Lunatic asylums Madras 1877-1891 - 1877-1891
Year: 1877
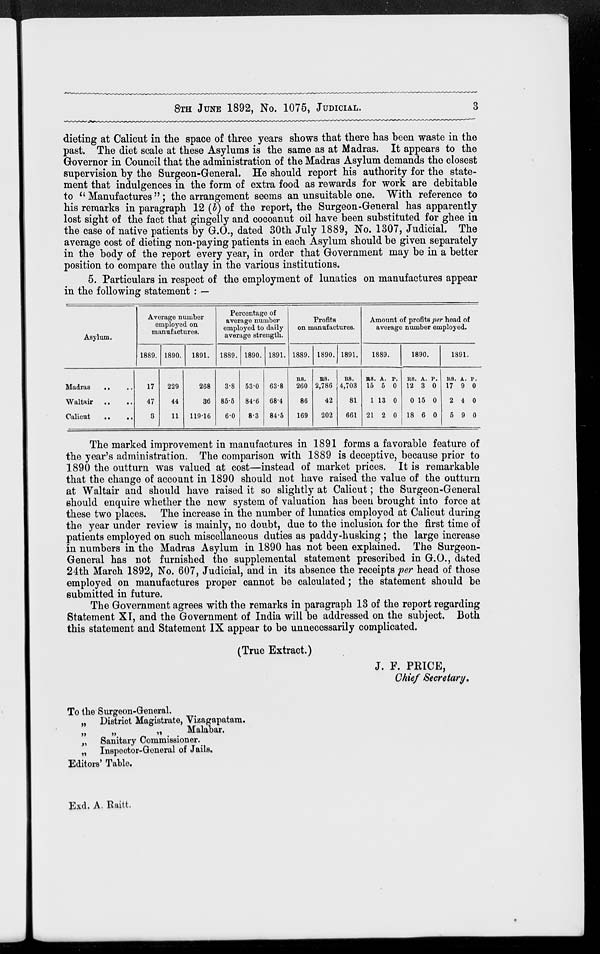
8TH JUNE 1892, No. 1075, JUDICIAL.
3
dieting at Calicut in the space of three years shows that there has been waste in the
past. The diet scale at these Asylums is the same as at Madras. It appears to the
Governor in Council that the administration of the Madras Asylum demands the closest
supervision by the Surgeon-General. He should report his authority for the state-
ment that indulgences in the form of extra food as rewards for work are debitable
to '' Manufactures "; the arrangement seems an unsuitable one. With reference to
his remarks in paragraph 12 (b) of the report, the Surgeon-General has apparently
lost sight of the fact that gingelly and cocoanut oil have been substituted for ghee in
the case of native patients by G.O., dated 30th July 1889, No. 1307, Judicial. The
average cost of dieting non-paying patients in each Asylum should be given separately
in the body of the report every year, in order that Government may be in a better
position to compare the outlay in the various institutions.
5. Particulars in respect of the employment of lunatics on manufactures appear
in the following statement : —
Asylum.
Madras .. ..
Waltair
..
..
Calicut
..
..
Average number
employed on
manufactures.
1889.
17
47
8
1890.
229
44
11
1891.
268
36
119.16
Percentage of
average number
employed to daily
average strength.
1889.
3.8
85.5
6.0
1890.
53.0
84.6
8.3
1891.
63.8
68.4
84.5
Profits
on manufactures.
1889.
RS.
260
86
169
1890.
RS.
2,786
42
202
1891.
RS.
4,703
81
661
Amount of profits per head of
average number employed.
1889.
R8.
15
1
21
A.
5
13
2
P.
0
0
0
1890.
RS.
12
0
18
A.
3
15
6
P.
0
0
0
1891.
RS.
17
2
5
A.
9
4
9
P.
0
0
0
The marked improvement in manufactures in 1891 forms a favorable feature of
the year's administration. The comparison with 1889 is deceptive, because prior to
1890 the outturn was valued at cost—instead of market prices. It is remarkable
that the change of account in 1890 should not have raised the value of the outturn
at Waltair and should have raised it so slightly at Calicut; the Surgeon-General
should enquire whether the new system of valuation has been brought into force at
these two places. The increase in the number of lunatics employed at Calicut during
the year under review is mainly, no doubt, due to the inclusion for the first time of
patients employed on such miscellaneous duties as paddy-husking ; the large increase
in numbers in the Madras Asylum in 1890 has not been explained. The Surgeon-
General has not furnished the supplemental statement prescribed in G.O., dated
24th March 1892, No. 607, Judicial, and in its absence the receipts per head of those
employed on manufactures proper cannot be calculated; the statement should be
submitted in future.
The Government agrees with the remarks in paragraph 13 of the report regarding
Statement XI, and the Government of India will be addressed on the subject. Both
this statement and Statement IX appear to be unnecessarily complicated.
(True Extract.)
J. F. PRICE,
Chief Secretary.
To the Surgeon-General.
„ District Magistrate, Vizagapatam.
„
„
„
Malabar.
„ Sanitary Commissioner.
„ Inspector-General of Jails.
Editors' Table.
Exd. A. Raitt.